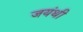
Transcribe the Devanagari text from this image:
जयंथी